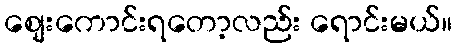
စျေးကောင်းရတော့လည်း ရောင်းမယ်။